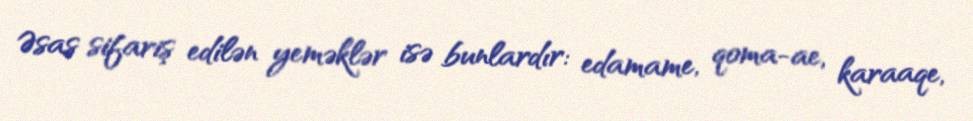
Əsas sifariş edilən yeməklər isə bunlardır: edamame, qoma-ae, karaaqe,